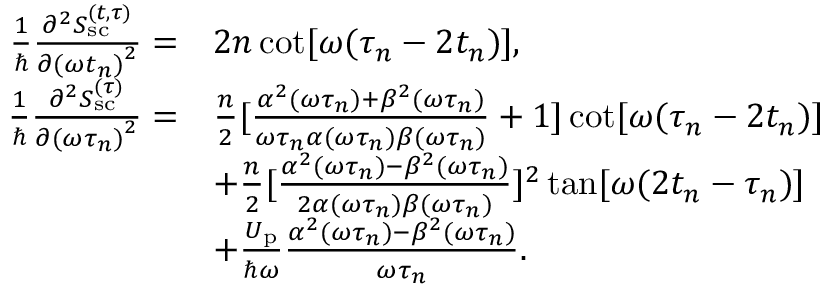
\begin{array} { r l } { \frac { 1 } { \hbar } \frac { \partial ^ { 2 } S _ { \mathrm { s c } } ^ { ( t , \tau ) } } { \partial { ( \omega t _ { n } ) } ^ { 2 } } = } & { 2 n \cot [ \omega ( \tau _ { n } - 2 t _ { n } ) ] , } \\ { \frac { 1 } { \hbar } \frac { \partial ^ { 2 } S _ { \mathrm { s c } } ^ { ( \tau ) } } { \partial { ( \omega \tau _ { n } ) } ^ { 2 } } = } & { \frac { n } { 2 } [ \frac { \alpha ^ { 2 } ( \omega \tau _ { n } ) + \beta ^ { 2 } ( \omega \tau _ { n } ) } { \omega \tau _ { n } \alpha ( \omega \tau _ { n } ) \beta ( \omega \tau _ { n } ) } + 1 ] \cot [ \omega ( \tau _ { n } - 2 t _ { n } ) ] } \\ & { + \frac { n } { 2 } [ \frac { \alpha ^ { 2 } ( \omega \tau _ { n } ) - \beta ^ { 2 } ( \omega \tau _ { n } ) } { 2 \alpha ( \omega \tau _ { n } ) \beta ( \omega \tau _ { n } ) } ] ^ { 2 } \tan [ \omega ( 2 t _ { n } - \tau _ { n } ) ] } \\ & { + \frac { U _ { \mathrm { p } } } { \hbar \omega } \frac { \alpha ^ { 2 } ( \omega \tau _ { n } ) - \beta ^ { 2 } ( \omega \tau _ { n } ) } { \omega \tau _ { n } } . } \end{array}